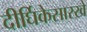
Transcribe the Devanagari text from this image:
दीर्घिकेसारखे